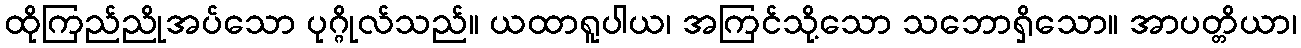
ထိုကြည်ညိုအပ်သော ပုဂ္ဂိုလ်သည်။ ယထာရူပါယ၊ အကြင်သို့သော သဘောရှိသော။ အာပတ္တိယာ၊